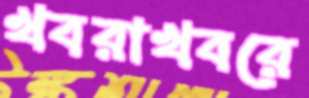
খবরাখবরে